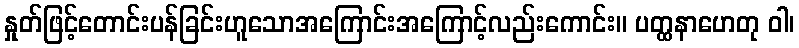
နှုတ်ဖြင့်တောင်းပန်ခြင်းဟူသောအကြောင်းအကြောင့်လည်းကောင်း။ ပတ္ထနာဟေတု ဝါ၊